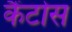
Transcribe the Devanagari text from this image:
कैंटोस